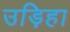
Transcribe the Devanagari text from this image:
उड़िहा